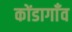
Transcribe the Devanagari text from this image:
कोंडागाँव